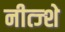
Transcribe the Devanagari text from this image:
नीत्ज्शे